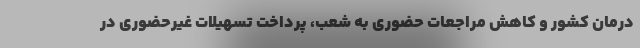
درمان کشور و کاهش مراجعات حضوری به شعب، پرداخت تسهیلات غیرحضوری در